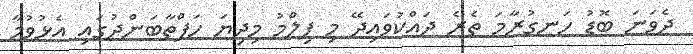
ދެވަނަ ބޮޑު ހަނގުރާމަ ތެރެ ދައްކުވައިދޭ މި ފިލްމު މިދިޔަ ހަފްތާބަންދުގައި އެޅުވުމާ